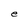
Character: e